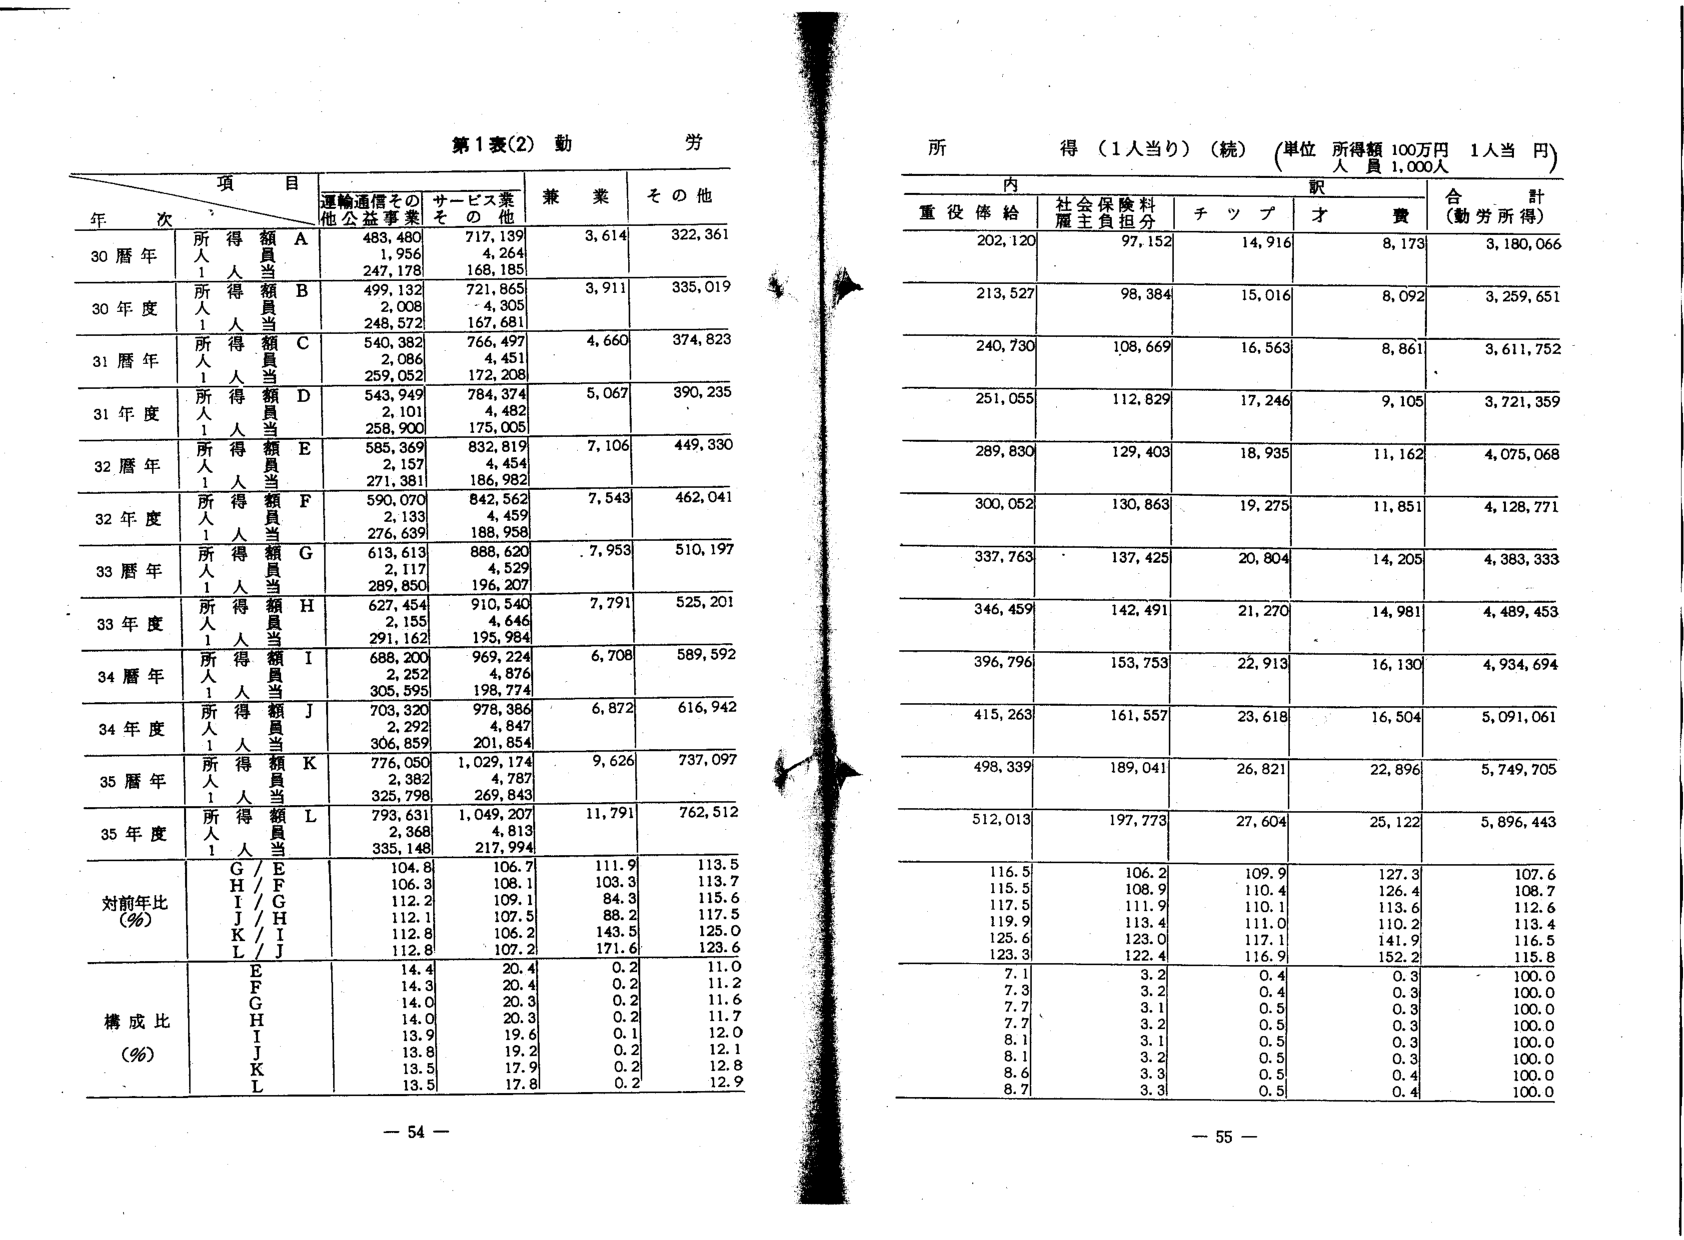
第1表(2) 動 労

項 目
年 次
運輸通信その他公益事業
サービス業その他
兼 業
そ の 他

30暦年
所人1
得人1
額員当
A
488,480
1,956
247,178
717,139
4,264
168,185
3,614
322,361

30年度
所人1
得人1
額員当
B
499,132
2,008
248,572
721,865
4,305
167,681
3,911
335,019

31暦年
所人1
得人1
額員当
C
540,382
2,086
259,052
766,497
4,451
172,208
4,660
374,823

31年度
所人1
得人1
額員当
D
543,949
2,101
258,900
784,374
4,482
175,005
5,067
390,235

32暦年
所人1
得人1
額員当
E
585,369
2,157
271,381
832,819
4,454
186,982
7,106
449,330

32年度
所人1
得人1
額員当
F
590,070
2,133
276,639
842,562
4,459
188,958
7,543
462,041

33暦年
所人1
得人1
額員当
G
613,613
2,117
289,850
888,620
4,529
196,207
7,953
510,197

33年度
所人1
得人1
額員当
H
627,454
2,155
291,162
910,540
4,646
195,984
7,791
525,201

34暦年
所人1
得人1
額員当
I
688,200
2,252
305,595
969,224
4,876
198,774
6,708
589,592

34年度
所人1
得人1
額員当
J
703,320
2,292
306,859
978,386
4,847
201,854
6,872
616,942

35暦年
所人1
得人1
額員当
K
776,050
2,382
325,798
1,029,174
4,787
269,843
9,626
737,097

35年度
所人1
得人1
額員当
L
793,631
2,368
335,148
1,049,207
4,813
217,994
11,791
762,512

対前年比(%)
G/E
H/F
I/G
J/H
K/I
L/J
104.8
106.3
112.2
112.1
112.8
112.8
106.7
108.1
109.1
107.5
106.2
107.2
111.9
103.3
84.3
88.2
143.5
171.6
113.5
113.7
115.6
117.5
125.0
123.6

構成比(%)
E
F
G
H
I
J
K
L
14.4
14.3
14.0
14.0
13.9
13.8
13.5
13.5
20.4
20.4
20.3
20.3
19.6
19.2
17.9
17.8
0.2
0.2
0.2
0.2
0.1
0.2
0.2
0.2
11.0
11.2
11.6
11.7
12.0
12.1
12.8
12.9

所得（1人当り）（続）（単位 所得額 100万円 1人当 円）
人 員 1,000人

内
重役俸給
社会保険料
雇主負担分
駅
チ ッ プ
才
費
合 計
（勤労所得）

202,120
97,152
14,916
8,173
3,180,066

213,527
98,384
15,016
8,092
3,259,651

240,730
108,669
16,563
8,861
3,611,752

251,055
112,829
17,246
9,105
3,721,359

289,830
129,403
18,935
11,162
4,075,068

300,052
130,863
19,275
11,851
4,128,771

337,763
137,425
20,804
14,205
4,383,333

346,459
142,491
21,270
14,981
4,489,453

396,796
153,753
22,913
16,130
4,934,694

415,263
161,557
23,618
16,504
5,091,061

498,339
189,041
26,821
22,896
5,749,705

512,013
197,773
27,604
25,122
5,896,443

116.5
106.2
109.9
127.3
107.6

115.5
108.9
110.4
126.4
108.7

117.5
111.9
110.1
113.6
112.6

119.9
113.4
111.0
110.2
113.4

125.6
123.0
117.1
141.9
116.5

123.3
122.4
116.9
152.2
115.8

7.1
3.2
0.4
0.3
100.0

7.3
3.2
0.4
0.3
100.0

7.7
3.1
0.5
0.3
100.0

7.7
3.2
0.5
0.3
100.0

8.1
3.1
0.5
0.3
100.0

8.1
3.2
0.5
0.3
100.0

8.6
3.3
0.5
0.4
100.0

8.7
3.3
0.5
0.4
100.0

- 54 -
- 55 -